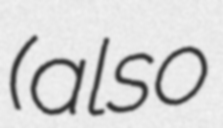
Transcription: (also